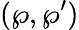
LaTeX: (\wp,\wp^{\prime})